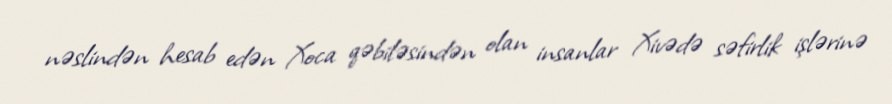
nəslindən hesab edən Xoca qəbiləsindən olan insanlar Xivədə səfirlik işlərinə